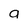
Character: 9